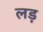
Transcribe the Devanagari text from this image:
लड़़